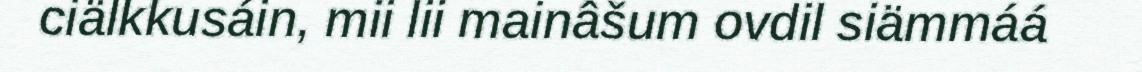
ciälkkusáin, mii lii mainâšum ovdil siämmáá